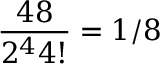
\frac { 4 8 } { 2 ^ { 4 } 4 ! } = 1 / 8